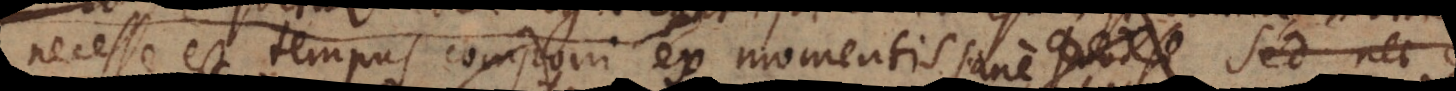
necesse est tempus componi ex momentis Quodsi Sed ne